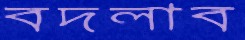
বদলাব